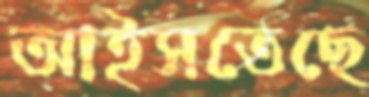
আইসতেছে